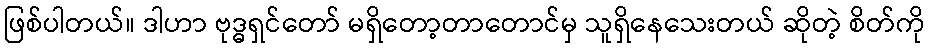
ဖြစ်ပါတယ်။ ဒါဟာ ဗုဒ္ဓရှင်တော် မရှိတော့တာတောင်မှ သူရှိနေသေးတယ် ဆိုတဲ့ စိတ်ကို